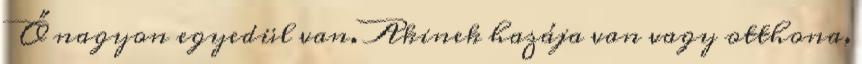
Ő nagyon egyedül van. Akinek hazája van vagy otthona,